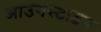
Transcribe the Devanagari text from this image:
आउगस्टाइन